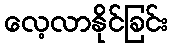
လေ့လာနိုင်ခြင်း